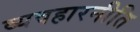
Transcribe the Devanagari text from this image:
व्यवहारनीति